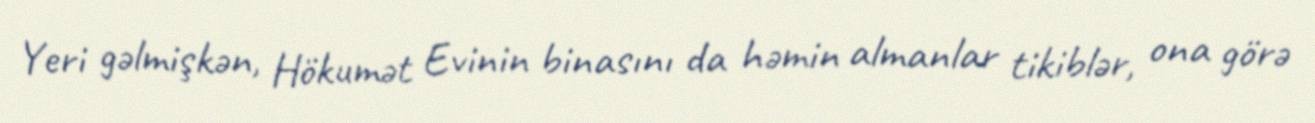
Yeri gəlmişkən, Hökumət Evinin binasını da həmin almanlar tikiblər, ona görə